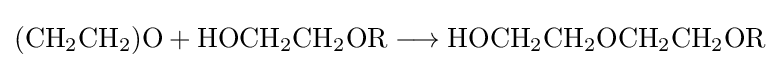
{(\mathrm {CH} {\vphantom {A}}_{\smash[{t}]{2}}\mathrm {CH} {\vphantom {A}}_{\smash[{t}]{2}})\mathrm {O} {}+{}\mathrm {HOCH} {\vphantom {A}}_{\smash[{t}]{2}}\mathrm {CH} {\vphantom {A}}_{\smash[{t}]{2}}\mathrm {OR} {}\mathrel {\longrightarrow } {}\mathrm {HOCH} {\vphantom {A}}_{\smash[{t}]{2}}\mathrm {CH} {\vphantom {A}}_{\smash[{t}]{2}}\mathrm {OCH} {\vphantom {A}}_{\smash[{t}]{2}}\mathrm {CH} {\vphantom {A}}_{\smash[{t}]{2}}\mathrm {OR} }